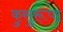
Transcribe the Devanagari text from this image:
कुसुरूपा